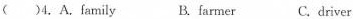
( )4.A.family B. farmer C.driver